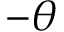
- \theta